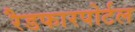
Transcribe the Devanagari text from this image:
रैडफारपोर्टल